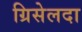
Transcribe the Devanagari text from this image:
ग्रिसेलदा